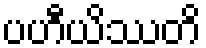
ပဟီယိဿတိ